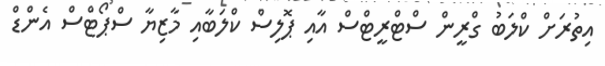
އިތުރަށް ކްލަބު ގްރީން ސްޓްރީޓްސް އާއި ޕޮލިސް ކްލަބާއި މާޒިޔާ ސްޕޯޓްސް އެންޑް